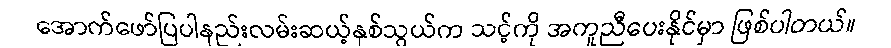
အောက်ဖော်ပြပါနည်းလမ်းဆယ့်နှစ်သွယ်က သင့်ကို အကူညီပေးနိုင်မှာ ဖြစ်ပါတယ်။